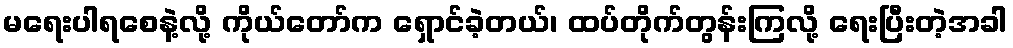
မရေးပါရစေနဲ့လို့ ကိုယ်တော်က ရှောင်ခဲ့တယ်၊ ထပ်တိုက်တွန်းကြလို့ ရေးပြီးတဲ့အခါ